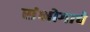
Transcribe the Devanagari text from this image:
संभोगाचे